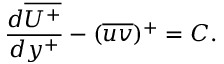
\frac { d \overline { { U ^ { + } } } } { d y ^ { + } } - ( \overline { { u v } } ) ^ { + } = C .